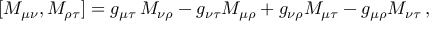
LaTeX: [ M _ { \mu \nu } , M _ { \rho \tau } ] = g _ { \mu \tau } \, M _ { \nu \rho } - g _ { \nu \tau } M _ { \mu \rho } + g _ { \nu \rho } M _ { \mu \tau } - g _ { \mu \rho } M _ { \nu \tau } \, ,